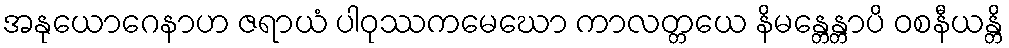
အနုယောဂေနာဟ ဇရာယံ ပါဝုဿကမေဃော ကာလတ္တယေ နိမန္တေန္တာပိ ဝစနီယန္တိ